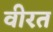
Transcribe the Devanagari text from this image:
वीरत